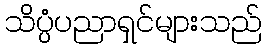
သိပ္ပံပညာရှင်များသည်